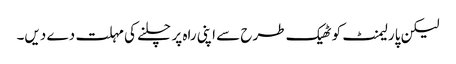
لیکن پارلیمنٹ کو ٹھیک طرح سے اپنی راہ پر چلنے کی مہلت دے دیں۔